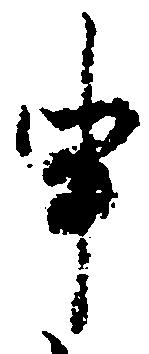
申